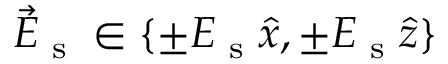
\vec { E } _ { \textrm { s } } \in \{ \pm E _ { \textrm { s } } \hat { x } , \pm E _ { \textrm { s } } \hat { z } \}